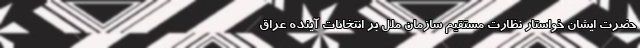
حضرت ایشان خواستار نظارت مستقیم سازمان ملل بر انتخابات آینده عراق